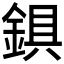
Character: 𨨣